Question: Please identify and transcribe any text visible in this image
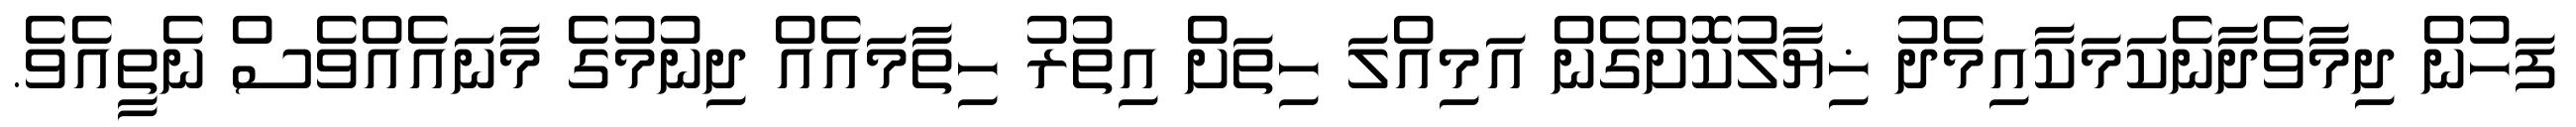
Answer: ފަހުން ދިމާވެދާނެކަމަކާއިމެދު ޚިޔާލުކޮށްގެން އަމިއްލަ ހިތަށް އިތުރު ހިތާމައެއް ދިނުމުގެ މާނައެއްވެސް ނެތީއެވެ.